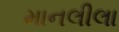
માનલીલા